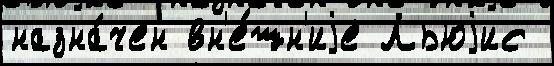
назна́чен вн'е́шн'иjе Льюjис